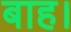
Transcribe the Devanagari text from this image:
बाह।